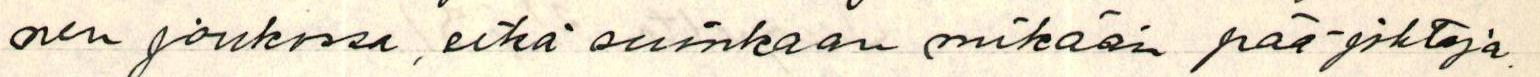
nen joukossa, eikä suinkaan mikään pää-johtaja.